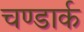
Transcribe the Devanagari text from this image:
चण्डार्क